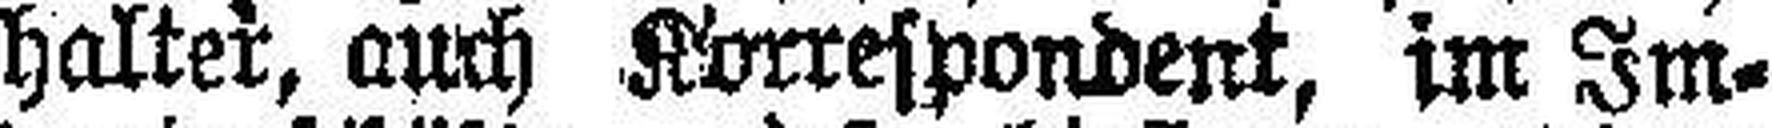
haltet, auch Korrespondent, im Im¬